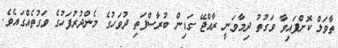
ތާވަލް ކޮށްފައިވާ ވަގުތު ދިމާވަނީ ރާއްޖޭ ގަޑިން ބުރާސްފަތި ދުވަހުގެ މެންދުރުފަހުގެ ވަގުތެއްގައެވެ.